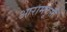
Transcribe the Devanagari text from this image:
आरामकूर्सी